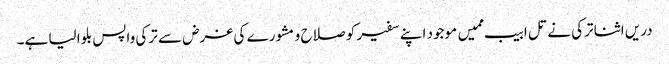
دریں اثنا ترکی نے تل ابیب ممیں موجود اپنے سفیر کو صلاح و مشورے کی غرض سے ترکی واپس بلوا لیا ہے۔